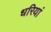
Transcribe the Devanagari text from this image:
धरियां